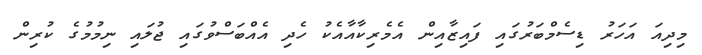
މިދިއަ އަހަރު ޑިސެމްބަރުގައި ފައިޒާއިން އެމެރިކާއާއެކު ހެދި އެއްބަސްވުުގައި ޖުލައި ނިމުމުގެ ކުރިން